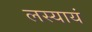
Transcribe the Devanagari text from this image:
लस्यायं